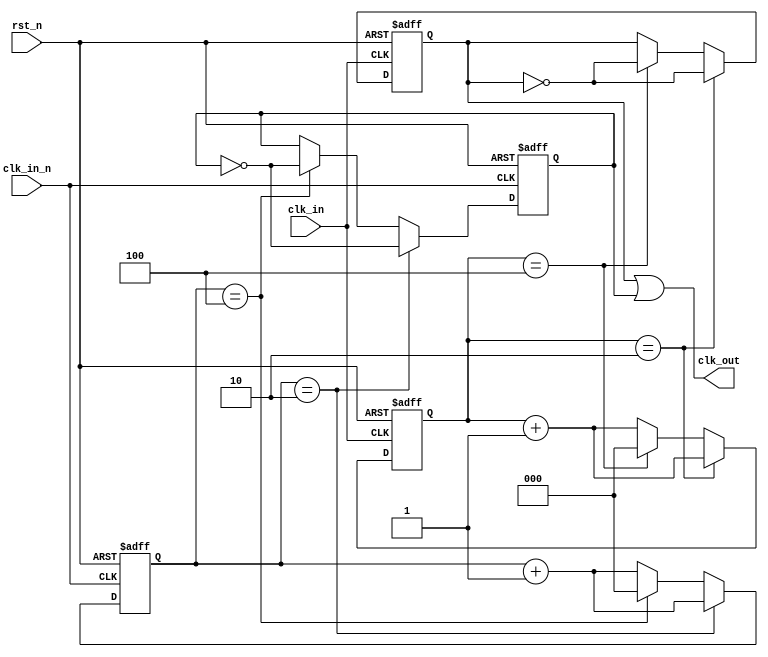
//-----------------------------------------------------------------------------------------------
//  Copyright    : 
//  File Name    : div_odd
//  Data         : 2021.10.13
//  Description  : Odd numkber frequency division
//-----------------------------------------------------------------------------------------------

module div_odd #(
    parameter    cnt_width = 3,   //counter bit width
    parameter    fre_div   = 5    //frequency division
) (
    input            rst_n,
    input            clk_in,
    input            clk_in_n,    //!clk_in
    output           clk_out
);

reg  [cnt_width-1:0]    cnt_p, cnt_n;  //posedge, negedge count
reg  clk_p, clk_n;                     //posedge, negedge generate clock

//====================================================  clk_p unit
always @(posedge clk_in or negedge rst_n) begin
   if (!rst_n) begin
       cnt_p  <= 0;
       clk_p  <= 1'b0;
   end
   else if (cnt_p == (fre_div-1)/2) begin
       clk_p  <= ~clk_p;
       cnt_p  <= cnt_p + 1;
   end
   else if (cnt_p == (fre_div-1)) begin
       cnt_p  <= 0;
       clk_p  <= ~clk_p;
   end
   else
       cnt_p  <= cnt_p + 1;
end

//====================================================  clk_n unit
always @(posedge clk_in_n or negedge rst_n) begin
   if (!rst_n) begin
       cnt_n  <= 0;
       clk_n  <= 1'b0;
   end
   else if (cnt_n == (fre_div-1)/2) begin
       clk_n  <= ~clk_n;
       cnt_n  <= cnt_n + 1;
   end  
   else if (cnt_n == (fre_div-1)) begin
       cnt_n  <= 0;
       clk_n  <= ~clk_n;
   end
   else
       cnt_n  <= cnt_n + 1;   
end

assign clk_out = clk_p | clk_n;

endmodule